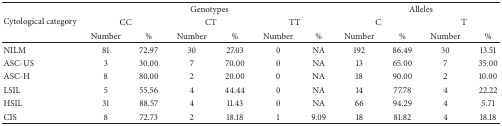
<table><thead><tr><td rowspan="3"><b>Cytological category</b></td><td colspan="6"><b>Genotypes</b></td><td colspan="4"><b>Alleles</b></td></tr><tr><td colspan="2"><b>CC</b></td><td colspan="2"><b>CT</b></td><td colspan="2"><b>TT</b></td><td colspan="2"><b>C</b></td><td colspan="2"><b>T</b></td></tr><tr><td><b>Number </b></td><td><b>%</b></td><td><b>Number</b></td><td><b>%</b></td><td><b>Number</b></td><td><b>%</b></td><td><b>Number</b></td><td><b>%</b></td><td><b>Number</b></td><td><b>%</b></td></tr></thead><tbody><tr><td>NILM</td><td>81</td><td>72.97</td><td>30</td><td>27.03</td><td>0</td><td>NA</td><td>192</td><td>86.49</td><td>30</td><td>13.51</td></tr><tr><td>ASC-US</td><td>3</td><td>30.00</td><td>7</td><td>70.00</td><td>0</td><td>NA</td><td>13</td><td>65.00</td><td>7</td><td>35.00</td></tr><tr><td>ASC-H</td><td>8</td><td>80.00</td><td>2</td><td>20.00</td><td>0</td><td>NA</td><td>18</td><td>90.00</td><td>2</td><td>10.00</td></tr><tr><td>LSIL</td><td>5</td><td>55.56</td><td>4</td><td>44.44</td><td>0</td><td>NA</td><td>14</td><td>77.78</td><td>4</td><td>22.22</td></tr><tr><td>HSIL</td><td>31</td><td>88.57</td><td>4</td><td>11.43</td><td>0</td><td>NA</td><td>66</td><td>94.29</td><td>4</td><td>5.71</td></tr><tr><td>CIS</td><td>8</td><td>72.73</td><td>2</td><td>18.18</td><td>1</td><td>9.09</td><td>18</td><td>81.82</td><td>4</td><td>18.18</td></tr></tbody></table>